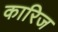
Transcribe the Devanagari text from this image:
कारिज